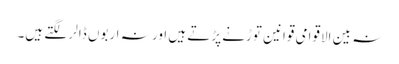
نہ بین الاقوامی قوانین توڑنے پڑتے ہیں اور نہ اربوں ڈالر لگتے ہیں۔